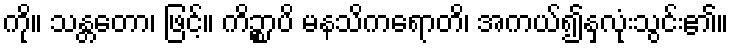
ကို။ သန္တတော၊ ဖြင့်။ ကိဉ္စာပိ မနသိကရောတိ၊ အကယ်၍နှလုံးသွင်း၏။